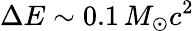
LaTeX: \Delta E\sim 0.1\, M_{\odot}c^{2}